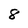
Character: 8